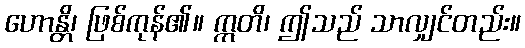
ဟောန္တိ၊ ဖြစ်ကုန်၏။ ဣတိ၊ ဤသည် သာလျှင်တည်း။